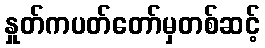
နှုတ်ကပတ်တော်မှတစ်ဆင့်